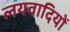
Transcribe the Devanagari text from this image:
लयवादियों